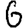
Digit: 6